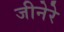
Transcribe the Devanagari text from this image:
जीनेरे